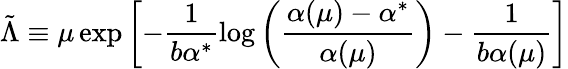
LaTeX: \tilde{\Lambda}\equiv\mu\exp\left[-\frac{1}{b\alpha^{*}}\log\left(\frac{\alpha(\mu)-\alpha^{*}}{\alpha(\mu)}\right)-\frac{1}{b\alpha(\mu)}\right]